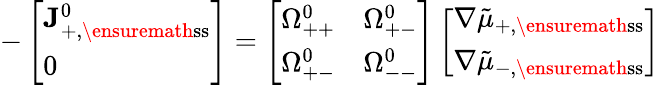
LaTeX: -\left[\begin{array}{l}{\mathbf{J}_{+,\ensuremath{\mathrm{ss}}}^{0}}\\ {0}\end{array}\right]=\left[\begin{array}{ll}{\Omega_{++}^{0}}&{\Omega_{+-}^{0}}\\ {\Omega_{+-}^{0}}&{\Omega_{--}^{0}}\end{array}\right]\left[\begin{array}{l}{\nabla\tilde{\mu}_{+,\ensuremath{\mathrm{ss}}}}\\ {\nabla\tilde{\mu}_{-,\ensuremath{\mathrm{ss}}}}\end{array}\right]